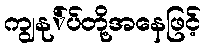
ကျွနု်ပ်တို့အနေဖြင့်